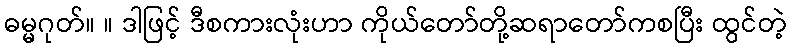
ဓမ္မဂုတ်။ ။ ဒါဖြင့် ဒီစကားလုံးဟာ ကိုယ်တော်တို့ဆရာတော်ကစပြီး ထွင်တဲ့